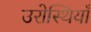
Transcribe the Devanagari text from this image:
उरोस्थियाँ